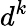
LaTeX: d^{k}